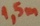
Text: 1,5M